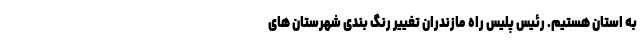
به استان هستیم. رئیس پلیس راه مازندران تغییر رنگ بندی شهرستان های